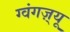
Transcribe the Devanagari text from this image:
ग्वंगज़्यू